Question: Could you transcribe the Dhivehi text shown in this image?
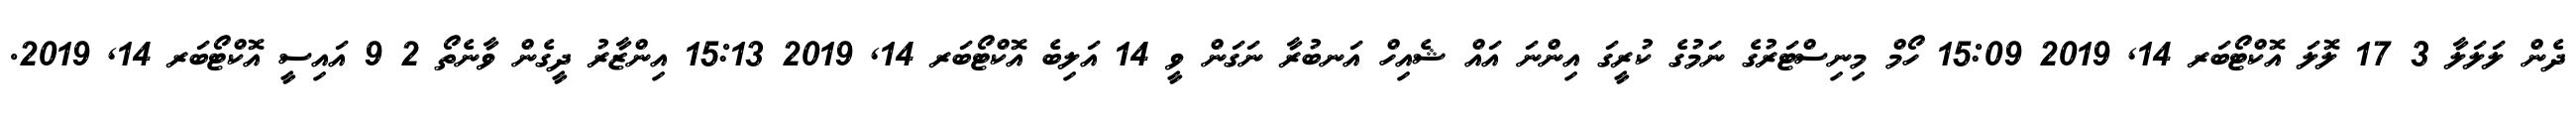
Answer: ދެން ލަލަލާ 3 17 ލޮލަ އޮކްޓޯބަރ 14, 2019 15:09 ހޯމް މިނިސްޓަރުގެ ނަމުގެ ކުރީގަ އިންނަ އައް ޝެއިހް އަނބުރާ ނަގަން ވީ 14 އަލިބެ އޮކްޓޯބަރ 14, 2019 15:13 އިންޒާރު ދީގެން ވާނެތޯ 2 9 އައިސީ އޮކްޓޯބަރ 14, 2019.